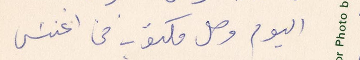
اليوم وصل مكتوب من اغنس